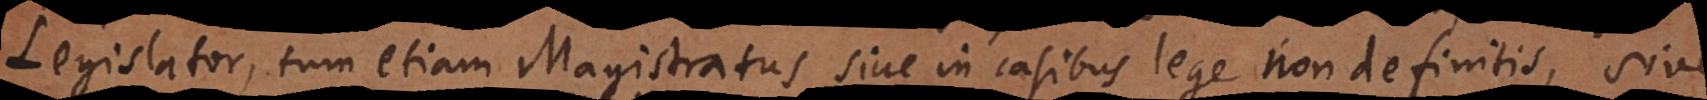
Legislator, tum etiam Magistratus sive in casibus lege non definitis, sive